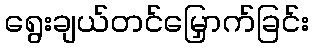
ရွေးချယ်တင်မြှောက်ခြင်း